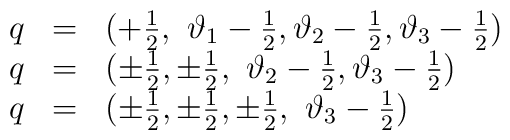
\begin{array}{lll}q & = & (+\frac{1}{2},\, \, \vartheta _{1}-\frac{1}{2},\vartheta _{2}-\frac{1}{2},\vartheta _{3}-\frac{1}{2})\\q & = & (\pm \frac{1}{2},\pm \frac{1}{2},\, \, \vartheta _{2}-\frac{1}{2},\vartheta _{3}-\frac{1}{2})\\q & = & (\pm \frac{1}{2},\pm \frac{1}{2},\pm \frac{1}{2},\, \, \vartheta _{3}-\frac{1}{2})\end{array}